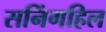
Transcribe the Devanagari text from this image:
सनिंगहिल